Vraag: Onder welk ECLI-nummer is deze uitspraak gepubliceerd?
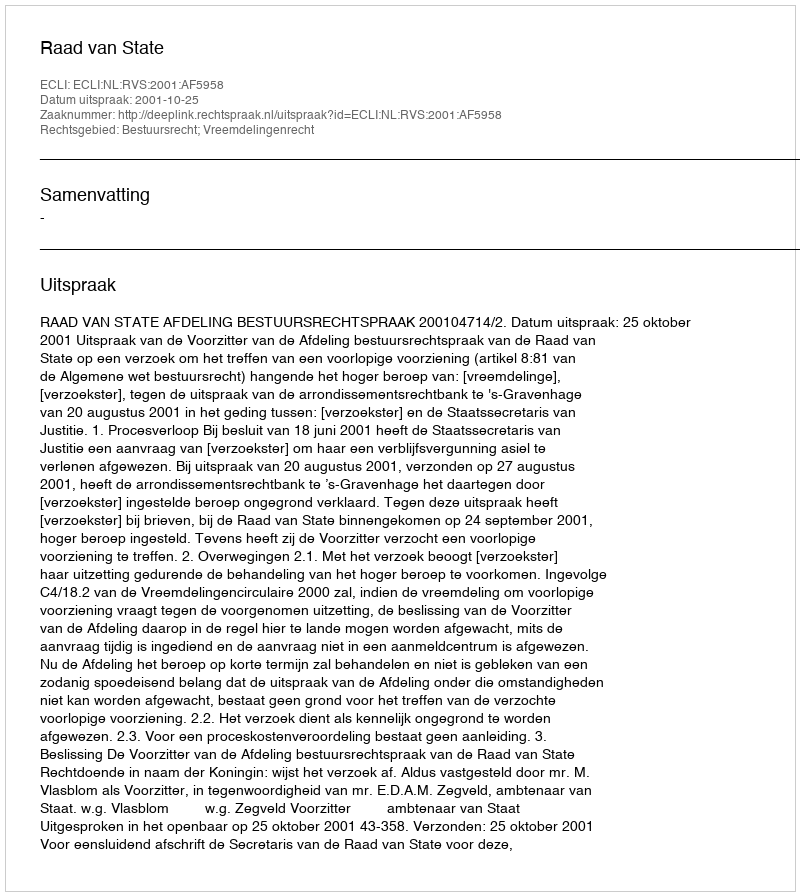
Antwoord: ECLI:NL:RVS:2001:AF5958